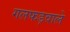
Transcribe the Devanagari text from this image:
गलफड़वाले